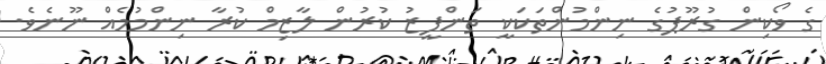
ގެ ވޯކިން ގުރޫޕުގެ ނިންމުންތަކަކީ ތަންފީޒު ކުރުން ލާޒިމް ކުރާ ނިންމުމެއް ނޫނެވެ.